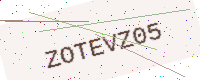
Text: ZOTEVZ05